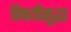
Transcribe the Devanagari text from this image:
विषयीसुद्धा